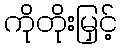
ကိုတိုးမြှင့်